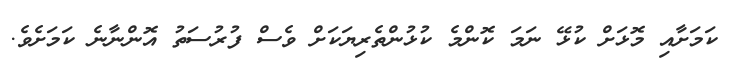
ކަމަށާއި މޮޅަށް ކުޅޭ ނަމަ ކޮންމެ ކުޅުންތެރިޔަކަށް ވެސް ފުރުސަތު އޮންނާނެ ކަމަށެވެ.